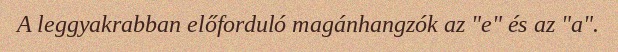
A leggyakrabban előforduló magánhangzók az "e" és az "a".